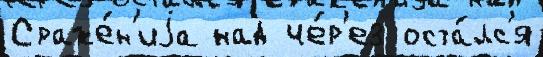
Сраже́н'иjа над че́р'ез оста́лс'я